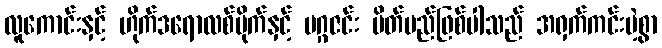
လူကောင်းနှင့် ဟိုက်ဒရောလစ်ပိုက်နှင့် မဂ္ဂဇင်း ပိတ်မည်ဖြစ်ပါသည် အရှက်ကင်းမဲ့စွာ